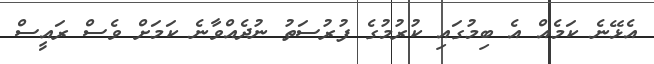
އެޅޭނެ ކަމެއް އެ ބިމުގައި ކުރުމުގެ ފުރުސަތު ނުދެއްވާނެ ކަމަށް ވެސް ރައީސް